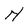
Character: N